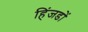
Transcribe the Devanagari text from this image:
हिंजडों